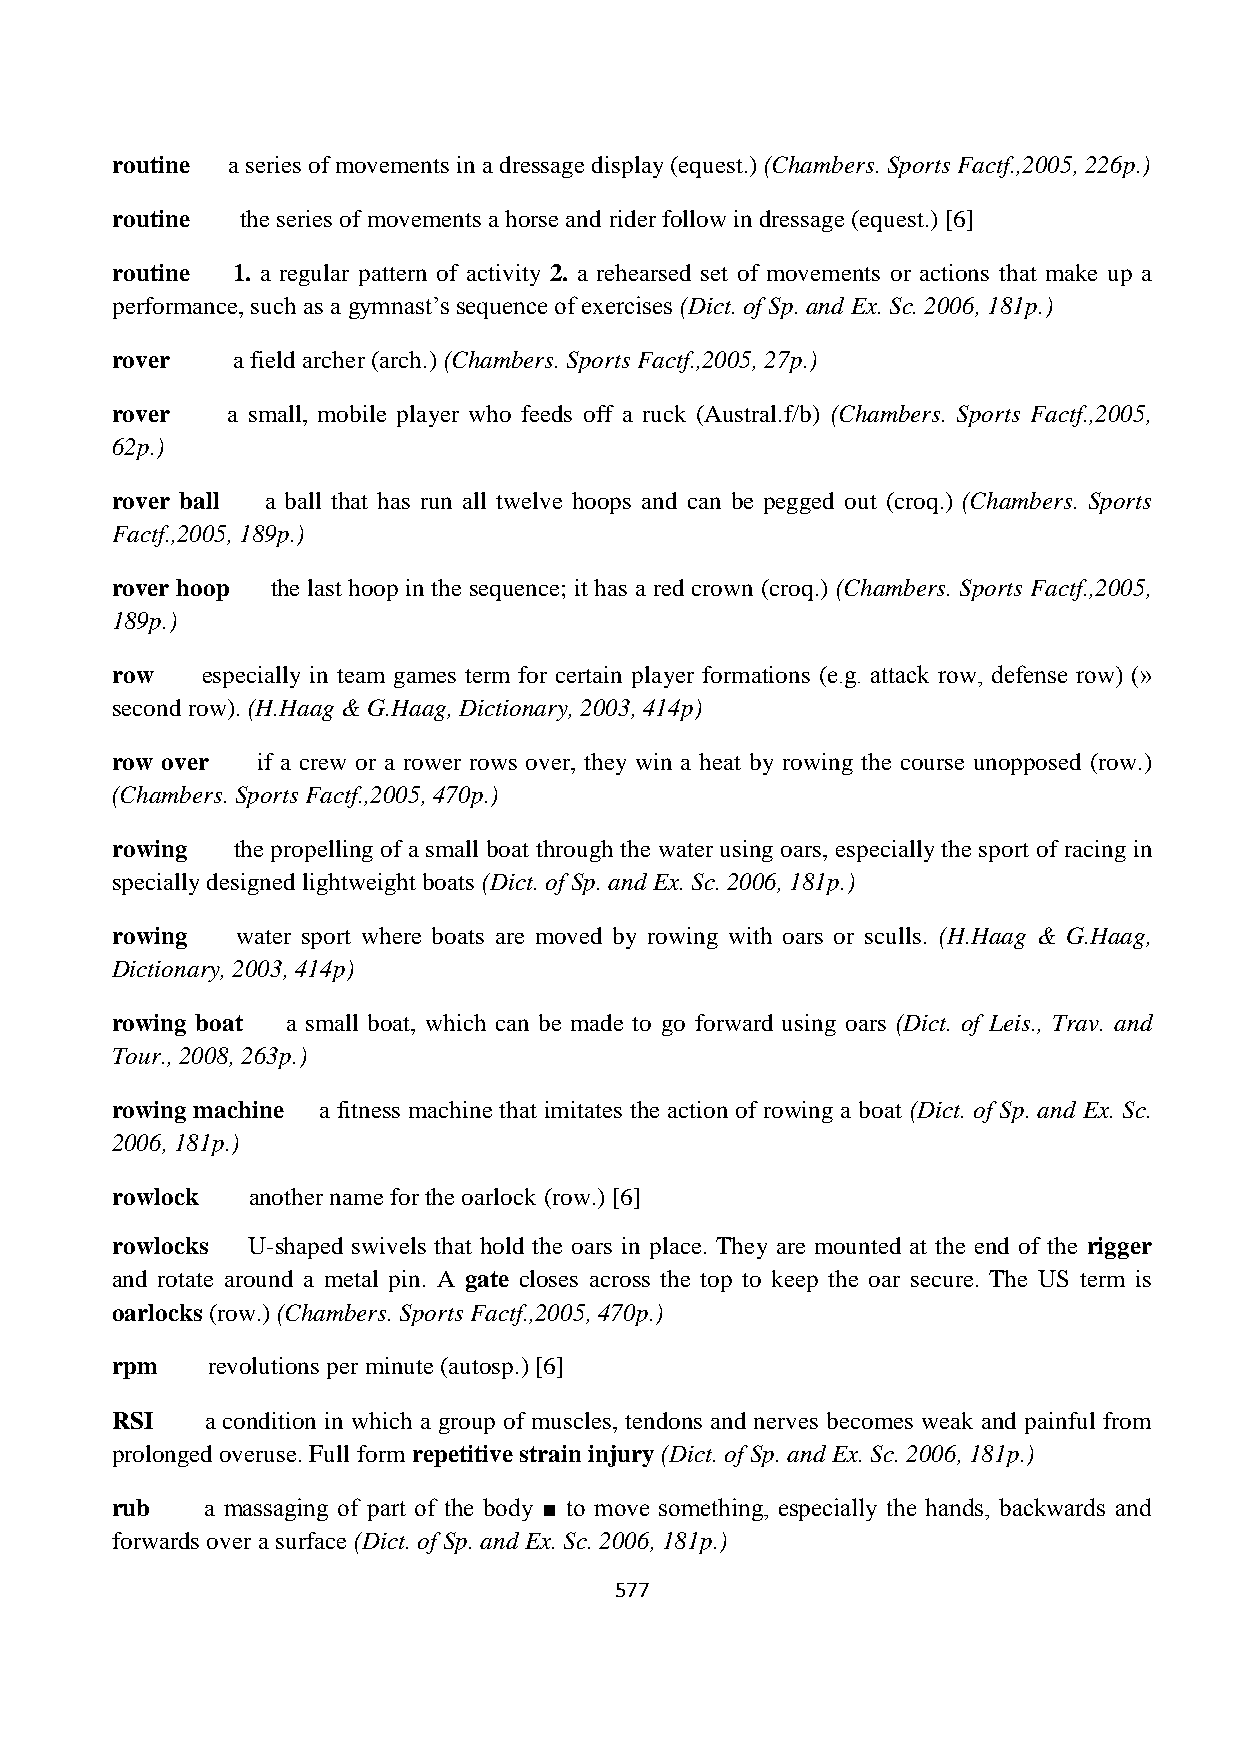
routine a series of movements in a dressage display (equest.) (Chambers. Sports Factf.,2005, 226p.)
 routine  the series of movements a horse and rider follow in dressage (equest.) [6]
 routine 1. a regular pattern of activity 2. a rehearsed set of movements or actions that make up a
 performance, such as a gymnast’s sequence of exercises (Dict. of Sp. and Ex. Sc. 2006, 181p.)
 rover   a field archer (arch.) (Chambers. Sports Factf.,2005, 27p.)
 rover   a small, mobile player who feeds off a ruck (Austral.f/b) (Chambers. Sports Factf.,2005,
 62p.)
 rover ball a ball that has run all twelve hoops and can be pegged out (croq.) (Chambers. Sports
 Factf.,2005, 189p.)
 rover hoop the last hoop in the sequence; it has a red crown (croq.) (Chambers. Sports Factf.,2005,
 189p.)
 row   especially in team games term for certain player formations (e.g. attack row, defense row) (»
 second row). (H.Haag & G.Haag, Dictionary, 2003, 414p)
 row over  if a crew or a rower rows over, they win a heat by rowing the course unopposed (row.)
 (Chambers. Sports Factf.,2005, 470p.)
 rowing  the propelling of a small boat through the water using oars, especially the sport of racing in
 specially designed lightweight boats (Dict. of Sp. and Ex. Sc. 2006, 181p.)
 rowing   water sport where boats are moved by rowing with oars or sculls. (H.Haag & G.Haag,
 Dictionary, 2003, 414p)
 rowing boat a small boat, which can be made to go forward using oars (Dict. of Leis., Trav. and
 Tour., 2008, 263p.)
 rowing machine a fitness machine that imitates the action of rowing a boat (Dict. of Sp. and Ex. Sc.
 2006, 181p.)
 rowlock  another name for the oarlock (row.) [6]
 rowlocks U-shaped swivels that hold the oars in place. They are mounted at the end of the rigger
 and rotate around a metal pin. A gate closes across the top to keep the oar secure. The US term is
 oarlocks (row.) (Chambers. Sports Factf.,2005, 470p.)
 rpm    revolutions per minute (autosp.) [6]
 RSI    a condition in which a group of muscles, tendons and nerves becomes weak and painful from
 prolonged overuse. Full form repetitive strain injury (Dict. of Sp. and Ex. Sc. 2006, 181p.)
 rub   a massaging of part of the body ■ to move something, especially the hands, backwards and
 forwards over a surface (Dict. of Sp. and Ex. Sc. 2006, 181p.)
 577